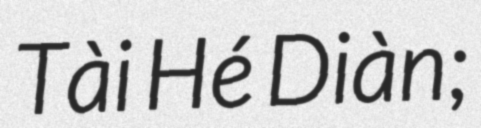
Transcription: Tài Hé Diàn;